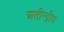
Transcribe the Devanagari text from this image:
अतीन्‍द्रीय